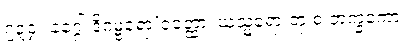
၇၃၄။ နဂ္ဂေါ ဒိဂမ္ဗရော’ဝတ္ထော၊ ဃသ္မရော တု စ ဘက္ခကော။